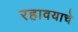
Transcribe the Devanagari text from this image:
रहावयाचे